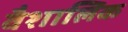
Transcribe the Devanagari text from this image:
वैशालिक